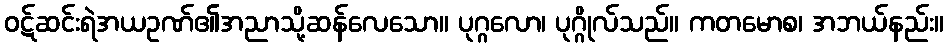
ဝဋ်ဆင်းရဲအယဥဏ်၏အညာသို့ဆန်လေသော။ ပုဂ္ဂလော၊ ပုဂ္ဂိုလ်သည်။ ကတမောစ၊ အဘယ်နည်း။